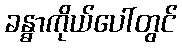
ခန္ဓာကိုယ်ပေါ်တွင်